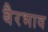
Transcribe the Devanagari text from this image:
बैरभाव